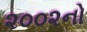
૨૦૦૨નો